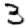
Digit: 3